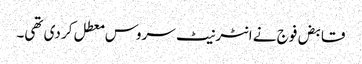
قابض فوج نے انٹرنیٹ سروس معطل کر دی تھی۔